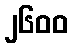
၂၆၀၀